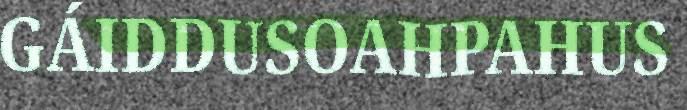
GÁIDDUSOAHPAHUS